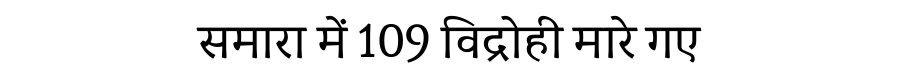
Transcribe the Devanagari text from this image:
समारा में 109 विद्रोही मारे गए